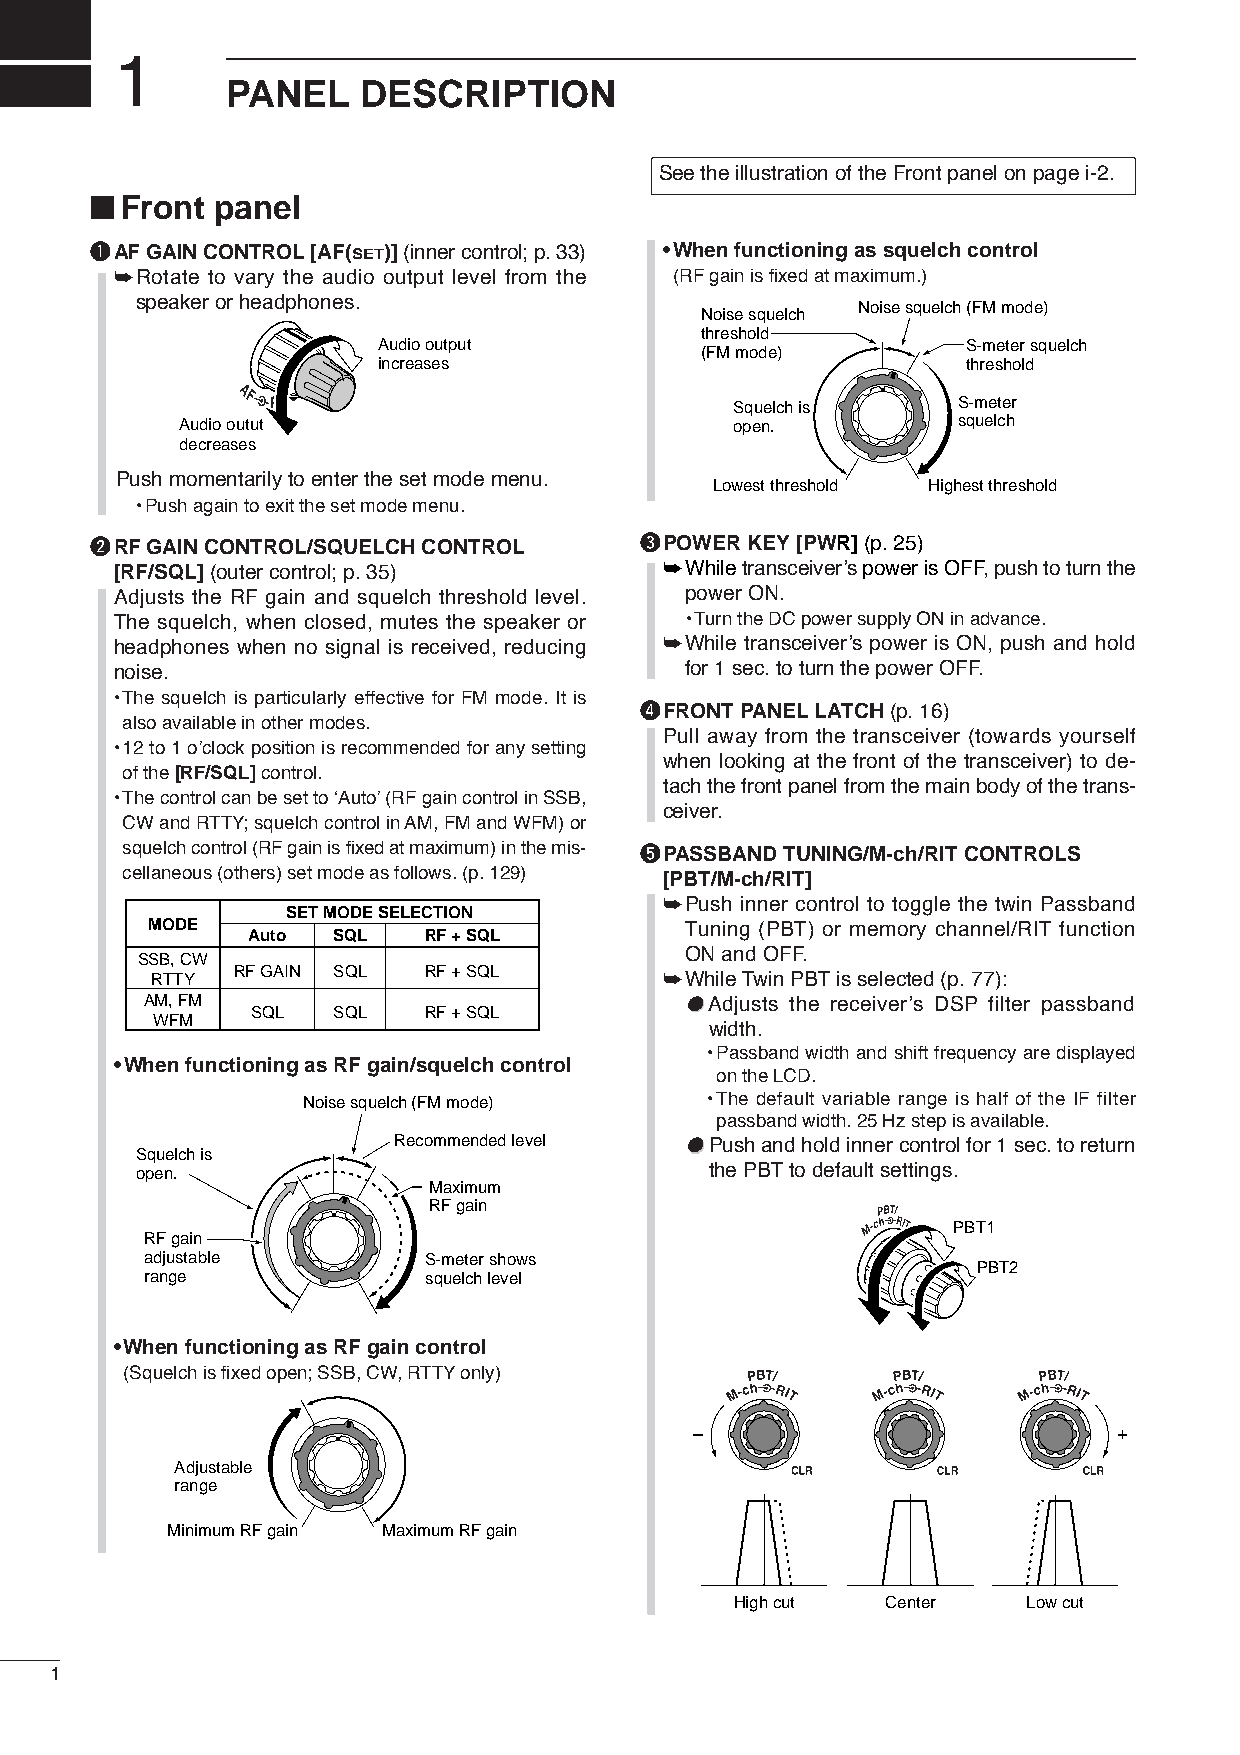
1
 PANEL    DESCRIPTION
 See the illustration of the Front panel on page i-2.
 ■
 Front panel
 qAF GAIN CONTROL[AF(SET)] (inner control; p.33) •When functioning as squelch control
 ➥Rotate to vary the audio output level from the (RF gain is fixed at maximum.)
 speaker or headphones.
 Noise squelch (FM mode)
 Noise squelch
 threshold
 Audio output                           S-meter squelch
 (FM mode)
 increases                              threshold
 Squelch is    S-meter
 Audio outut                          open.         squelch
 decreases
 Push momentarily to enter the set mode menu.
 Lowest threshold Highest threshold
 •Push again to exit the set mode menu.
 wRF GAIN CONTROL/SQUELCH CONTROL    ePOWER KEY[PWR] (p.25)
 [RF/SQL] (outer control; p. 35)     ➥Whiletransceiver’s power is OFF, push to turn the
 Adjusts the RF gain and squelch threshold level. power ON.
 The squelch, when closed, mutes the speaker or •Turn the DC power supply ON in advance.
 headphones when no signal is received, reducing ➥While transceiver’s power is ON, push and hold
 noise.                               for 1 sec. to turn the power OFF.
 •The squelch is particularly effective for FM mode. It is
 rFRONT PANELLATCH (p.16)
 also available in other modes.
 Pull away from the transceiver (towards yourself
 •12 to 1 o’clock position is recommended for any setting
 when looking at the front of the transceiver) to de-
 of the [RF/SQL]control.
 tach the front panel from the main body of the trans-
 •The control can be set to ‘Auto’(RF gain control in SSB,
 ceiver.
 CW and RTTY; squelch control in AM, FM and WFM) or
 squelch control (RF gain is fixed at maximum) in the mis- tPASSBAND TUNING/M-ch/RIT CONTROLS
 cellaneous (others) set mode as follows. (p. 129) [PBT/M-ch/RIT]
 ➥Push inner control to toggle the twin Passband
 SET MODE SELECTION
 MODE                               Tuning (PBT) or memory channel/RIT function
 Auto  SQL   RF + SQL
 ON and OFF.
 SSB, CW
 RTTY RF GAIN SQL  RF + SQL        ➥While Twin PBTis selected(p.77):
 AM, FM                             ●●Adjusts the receiver’s DSP filter passband
 SQL  SQL   RF + SQL
 WFM
 width.
 •Passband width and shift frequency are displayed
 •When functioning as RF gain/squelch control
 on the LCD.
 Noise squelch (FM mode)    •The default variable range is half of the IF filter
 passband width. 25 Hz step is available.
 Recommended level  ●●Push and hold inner control for 1 sec. to return
 Squelch is
 open.                                 the PBTto default settings.
 Maximum
 RF gain
 PBT1
 RF gain
 adjustable        S-meter shows
 PBT2
 range             squelch level
 •When functioning as RF gain control
 (Squelch is fixed open; SSB, CW, RTTYonly)
 –                           +
 Adjustable
 range
 Minimum RF gain Maximum RF gain
 High cut  Center   Low cut
 1